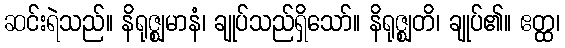
ဆင်းရဲသည်။ နိရုဇ္ဈမာနံ၊ ချုပ်သည်ရှိသော်။ နိရုဇ္ဈတိ၊ ချုပ်၏။ ဧတ္ထ၊